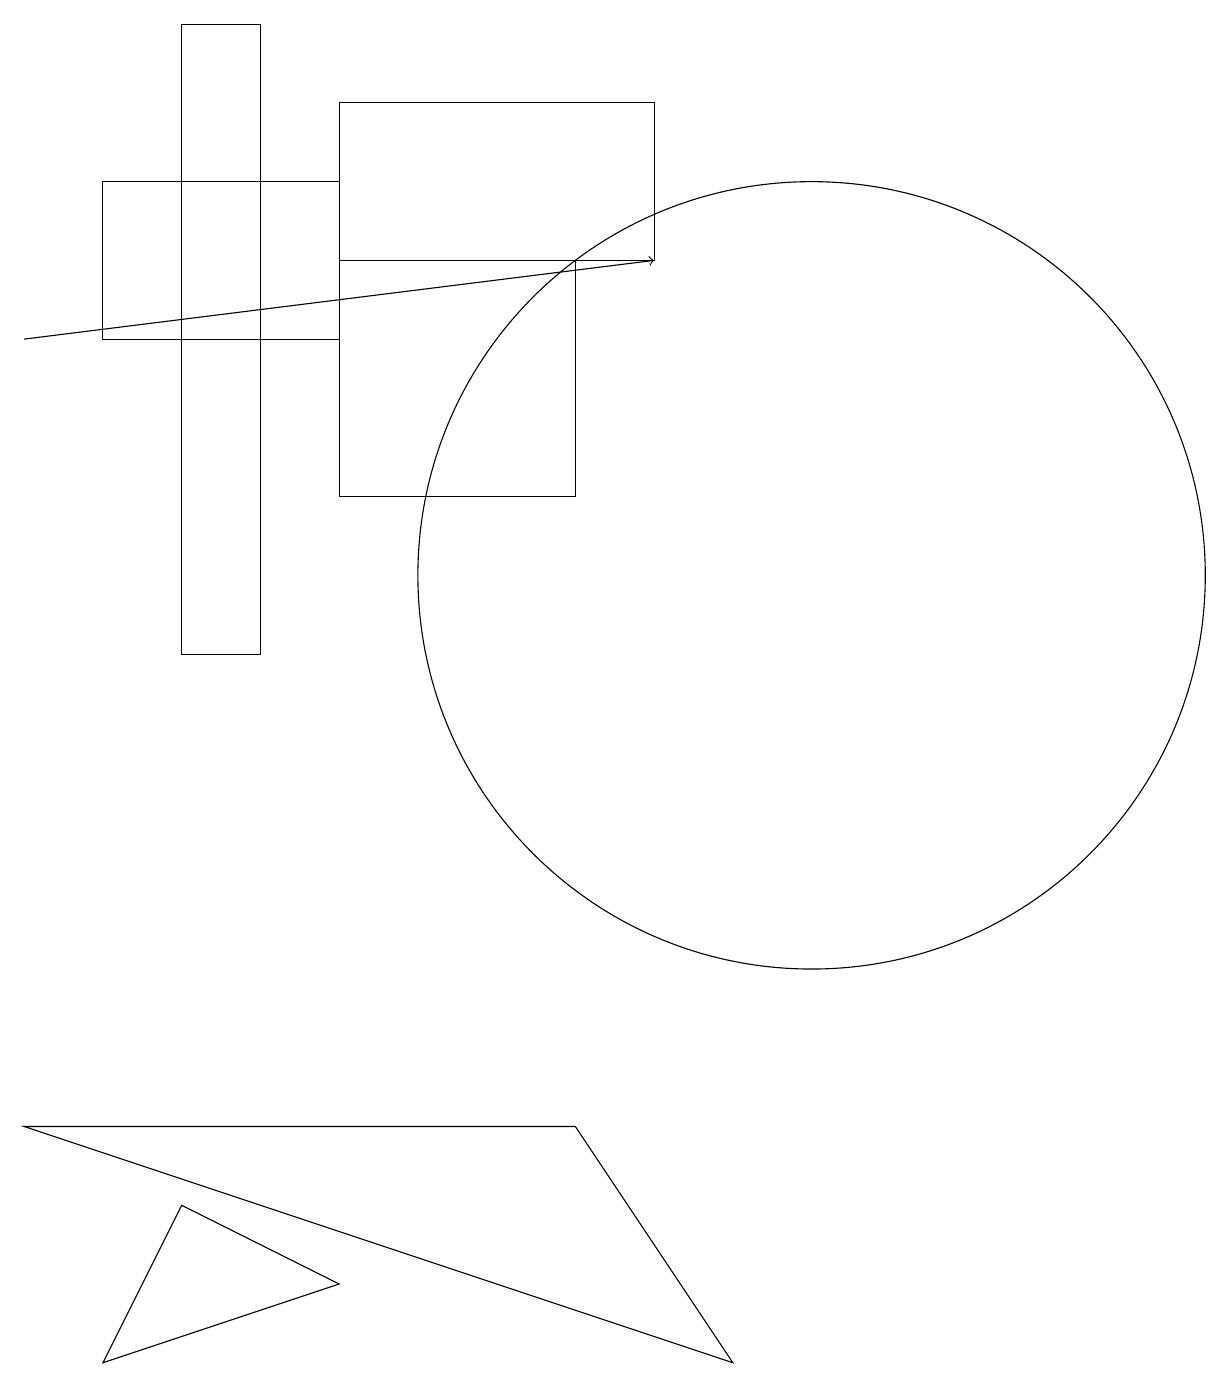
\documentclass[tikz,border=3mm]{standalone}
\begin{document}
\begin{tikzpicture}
\draw (7,13) rectangle (4,16);
\draw (10,12) circle (5);
\draw (2,11) rectangle (3,19);
\draw (4,15) rectangle (1,17);
\draw (0,5) -- (7,5) -- (9,2) -- cycle;
\draw[->] (0,15) -- (8,16);
\draw (2,4) -- (1,2) -- (4,3) -- cycle;
\draw (4,18) rectangle (8,16);
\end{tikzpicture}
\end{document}